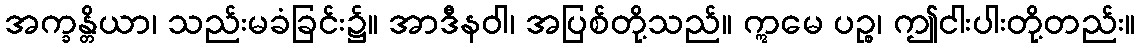
အက္ခန္တိယာ၊ သည်းမခံခြင်း၌။ အာဒီနဝါ၊ အပြစ်တို့သည်။ ဣမေ ပဉ္စ၊ ဤငါးပါးတို့တည်း။